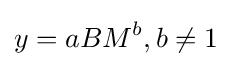
y=aBM^{b},b\neq 1